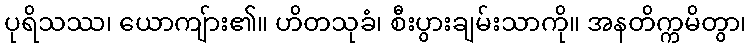
ပုရိသဿ၊ ယောကျ်ား၏။ ဟိတသုခံ၊ စီးပွားချမ်းသာကို။ အနတိက္ကမိတွာ၊